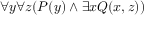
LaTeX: \forall y \forall z ( P ( y ) \land \exists x Q ( x , z ) )